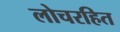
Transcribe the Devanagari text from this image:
लोचरहित